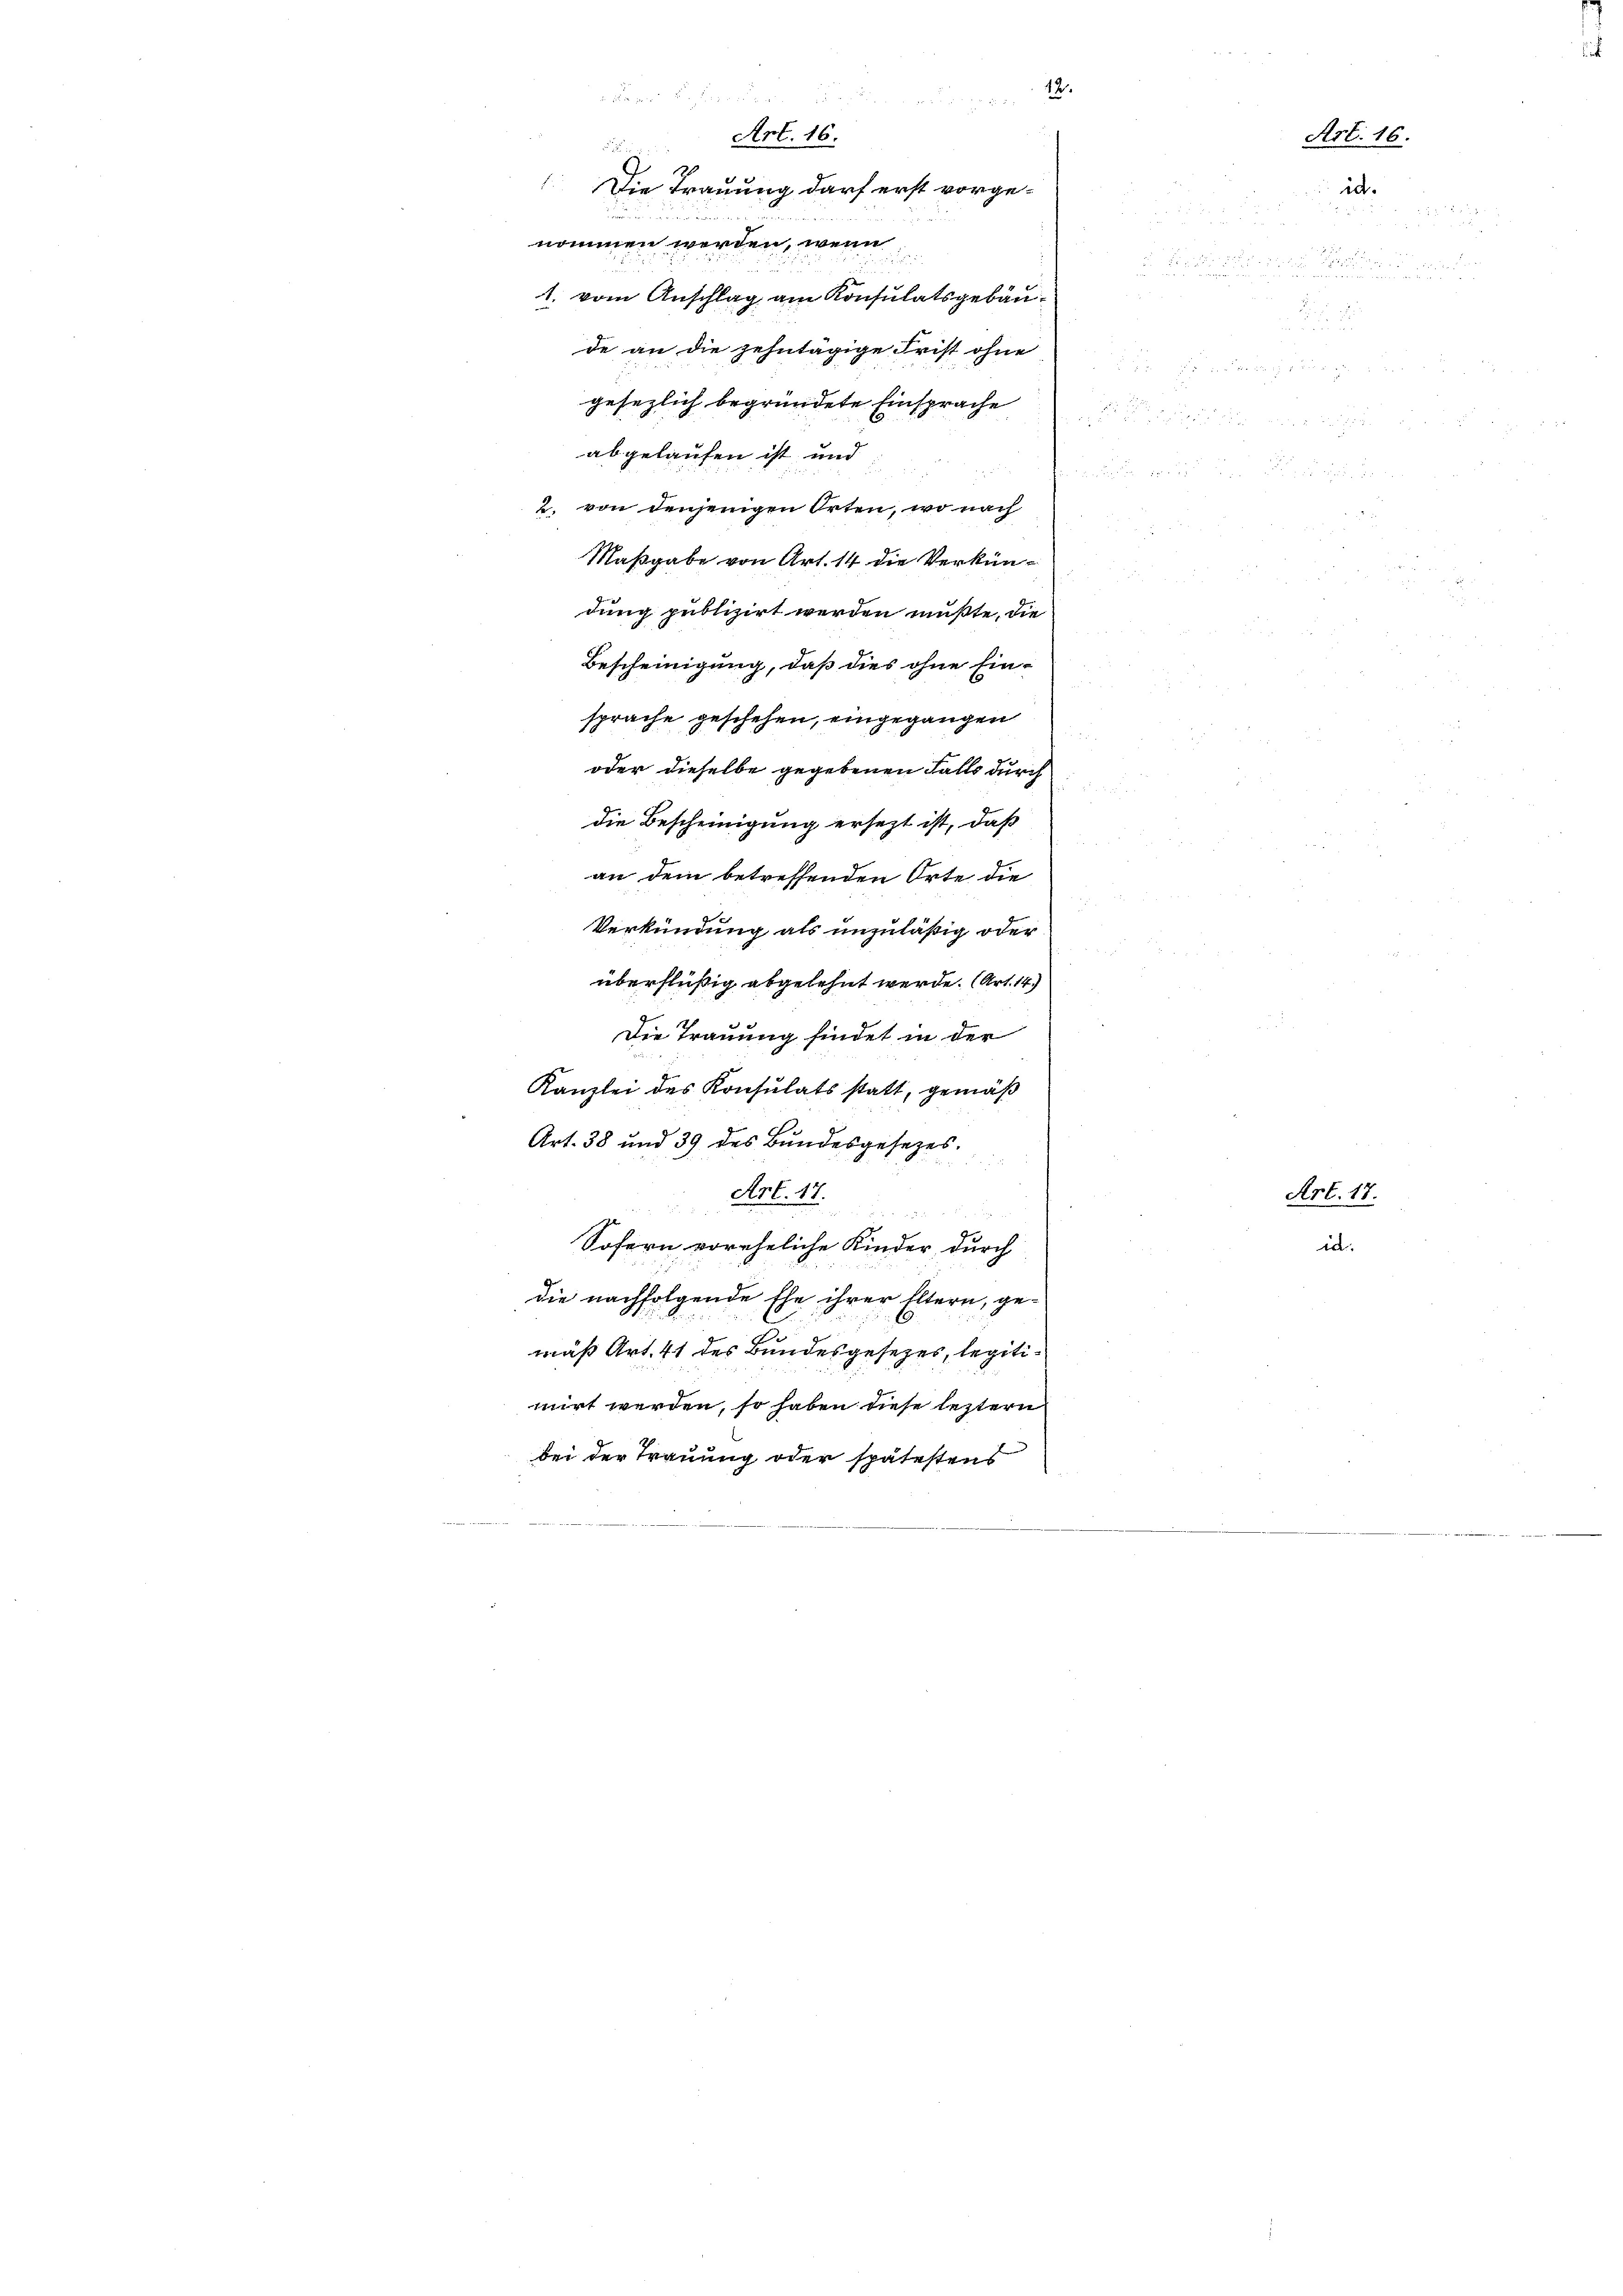
Art. 16.

 Die Trauung darf erst vorgee
nommen werden, wenn
1. vom Anschlag am Konsulatsgebäude an die zehntägige Frist ohne
gesezlich begründete Einsprache
abgelaufen ist und
2. von denjenigen Orten, wo nach
Maßgabe von Art. 14 die Verkündung publizirt werden müßte, die
Bescheinigung, daß dies ohne Einsprache geschehen, eingegangen
oder dieselbe gegebenen Falls durch
die Bescheinigung ersezt ist, daß
an dem betreffenden Orte die

Verkündung als unzuläßig oder
überflüßig abgelehnt werde. (Art. 14.
Die Trauung findet in der
Kanzlei des Konsulats statt, gemäß
Art. 38 und 39 des Bundesgesetzes.
Art. 17.
Sofern voreheliche Kinder durch
die nachfolgende Ehe ihrer Eltern, ge-
mäß Art. 41 des Bundesgesezes, legitimirt werden, so haben diese leztern
bei der Trauung oder spätestens

d

¬
e

Art. 16
id.

2 in Weise enthalten 12
.

d
oro
 , 2

Art. 17
id.